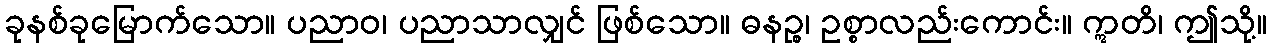
ခုနစ်ခုမြောက်သော။ ပညာဝ၊ ပညာသာလျှင် ဖြစ်သော။ ဓနဉ္စ၊ ဥစ္စာလည်းကောင်း။ ဣတိ၊ ဤသို့။